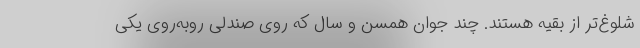
شلوغ‌تر از بقیه هستند. چند جوان همسن و سال که روی صندلی روبه‌روی یکی